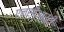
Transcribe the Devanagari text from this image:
एनसीआरटी